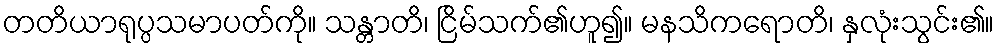
တတိယာရုပ္ပသမာပတ်ကို။ သန္တာတိ၊ ငြိမ်သက်၏ဟူ၍။ မနသိကရောတိ၊ နှလုံးသွင်း၏။